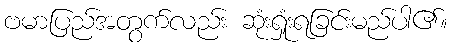
ဗမာပြည်အတွက်လည်း ဆုံးရှုံးရခြင်းမည်ပါ၏။